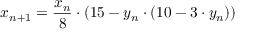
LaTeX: x _ { n + 1 } = { \frac { x _ { n } } { 8 } } \cdot ( 1 5 - y _ { n } \cdot ( 1 0 - 3 \cdot y _ { n } ) )